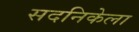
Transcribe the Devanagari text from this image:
सदनिकेला